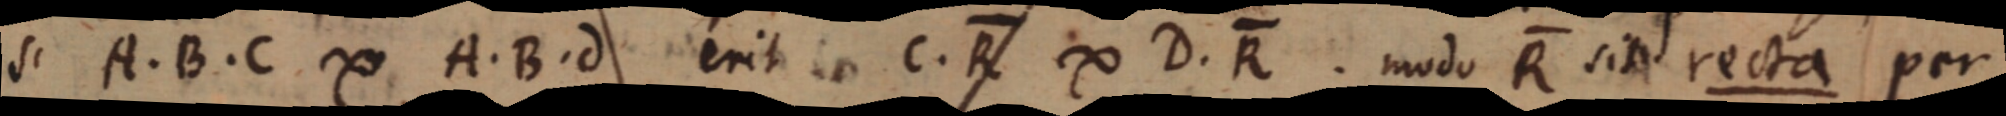
si A. B. C. ∞ A. B. d erit C. R ∞ D. R. modo R sit recta per